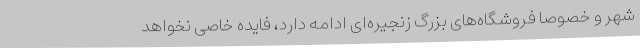
شهر و خصوصا فروشگاه‌های بزرگ زنجیره‌ای ادامه دارد، فایده خاصی نخواهد